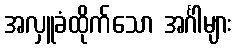
အလှူခံထိုက်သော အင်္ဂါများ